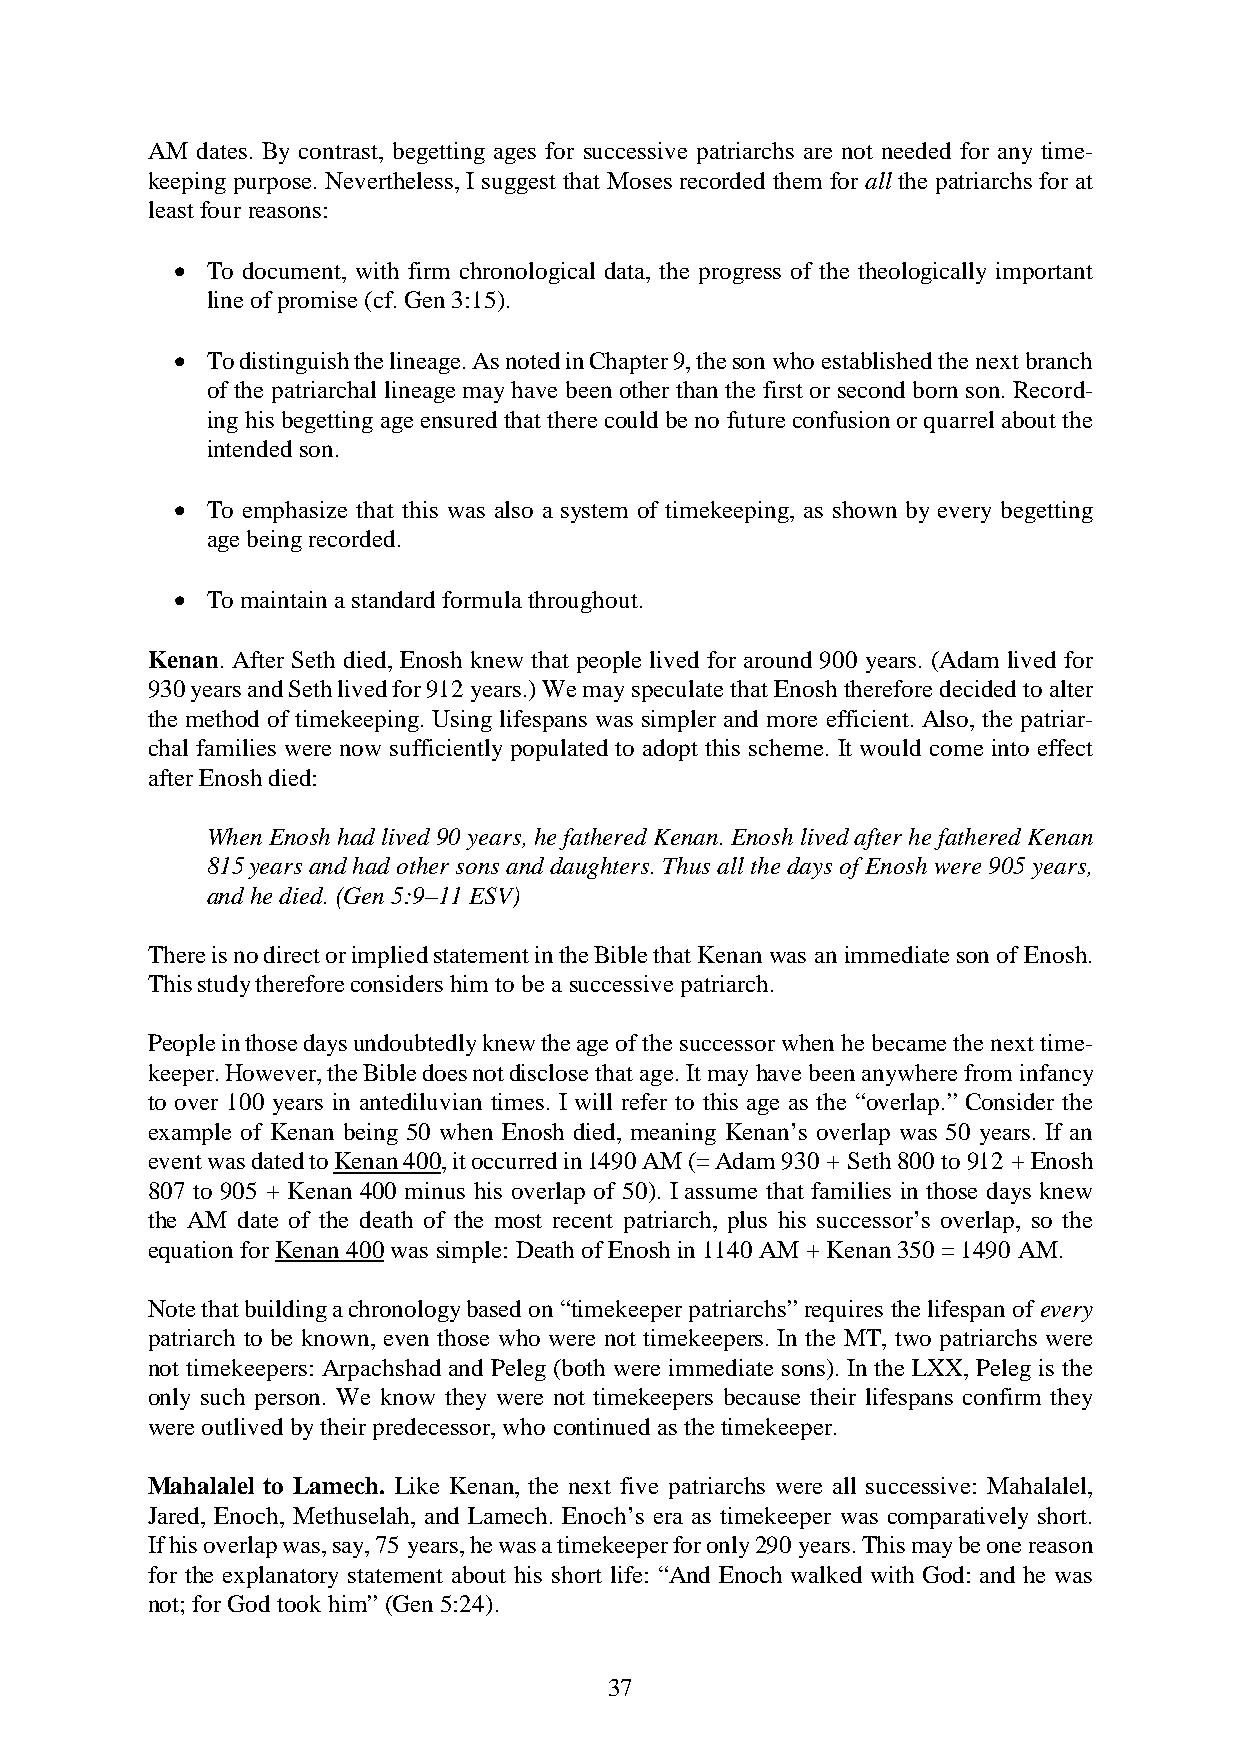
AM dates. By contrast, begetting ages for successive patriarchs are not needed for any time-
 keeping purpose. Nevertheless, I suggest that Moses recorded them for all the patriarchs for at
 least four reasons:
 • To document, with firm chronological data, the progress of the theologically important
 line of promise (cf. Gen 3:15).
 • To distinguish the lineage. As noted in Chapter 9, the son who established the next branch
 of the patriarchal lineage may have been other than the first or second born son. Record-
 ing his begetting age ensured that there could be no future confusion or quarrel about the
 intended son.
 • To emphasize that this was also a system of timekeeping, as shown by every begetting
 age being recorded.
 • To maintain a standard formula throughout.
 Kenan. After Seth died, Enosh knew that people lived for around 900 years. (Adam lived for
 930 years and Seth lived for 912 years.) We may speculate that Enosh therefore decided to alter
 the method of timekeeping. Using lifespans was simpler and more efficient. Also, the patriar-
 chal families were now sufficiently populated to adopt this scheme. It would come into effect
 after Enosh died:
 When Enosh had lived 90 years, he fathered Kenan. Enosh lived after he fathered Kenan
 815 years and had other sons and daughters. Thus all the days of Enosh were 905 years,
 and he died. (Gen 5:9–11 ESV)
 There is no direct or implied statement in the Bible that Kenan was an immediate son of Enosh.
 This study therefore considers him to be a successive patriarch.
 People in those days undoubtedly knew the age of the successor when he became the next time-
 keeper. However, the Bible does not disclose that age. It may have been anywhere from infancy
 to over 100 years in antediluvian times. I will refer to this age as the “overlap.” Consider the
 example of Kenan being 50 when Enosh died, meaning Kenan’s overlap was 50 years. If an
 event was dated to Kenan 400, it occurred in 1490 AM (= Adam 930 + Seth 800 to 912 + Enosh
 807 to 905 + Kenan 400 minus his overlap of 50). I assume that families in those days knew
 the AM date of the death of the most recent patriarch, plus his successor’s overlap, so the
 equation for Kenan 400 was simple: Death of Enosh in 1140 AM + Kenan 350 = 1490 AM.
 Note that building a chronology based on “timekeeper patriarchs” requires the lifespan of every
 patriarch to be known, even those who were not timekeepers. In the MT, two patriarchs were
 not timekeepers: Arpachshad and Peleg (both were immediate sons). In the LXX, Peleg is the
 only such person. We know they were not timekeepers because their lifespans confirm they
 were outlived by their predecessor, who continued as the timekeeper.
 Mahalalel to Lamech. Like Kenan, the next five patriarchs were all successive: Mahalalel,
 Jared, Enoch, Methuselah, and Lamech. Enoch’s era as timekeeper was comparatively short.
 If his overlap was, say, 75 years, he was a timekeeper for only 290 years. This may be one reason
 for the explanatory statement about his short life: “And Enoch walked with God: and he was
 not; for God took him” (Gen 5:24).
 37